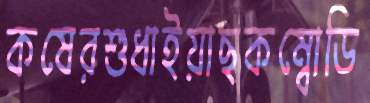
কষেরশুধাইয়াছকম্বোডি